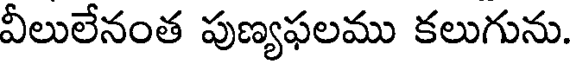
వీలులేనంత పుణ్యఫలము కలుగును.